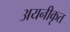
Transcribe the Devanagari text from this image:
अयनीकृत